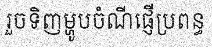
រួចទិញម្ហូបចំណីផ្ញើប្រពន្ធ